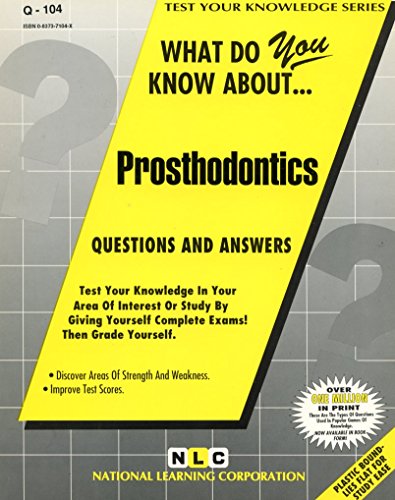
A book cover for PROSTHODONTICS (Test Your Knowledge Series) (Passbooks) (TEST YOUR KNOWLEDGE SERIES (Q)); Jack Rudman; Medical Books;